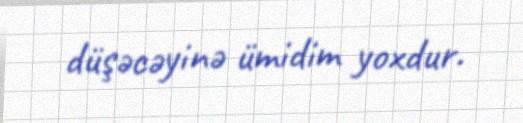
düşəcəyinə ümidim yoxdur.